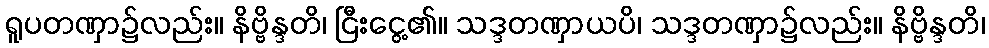
ရူပတဏှာ၌လည်း။ နိဗ္ဗိန္ဒတိ၊ ငြီးငွေ့၏။ သဒ္ဒတဏှာယပိ၊ သဒ္ဒတဏှာ၌လည်း။ နိဗ္ဗိန္ဒတိ၊